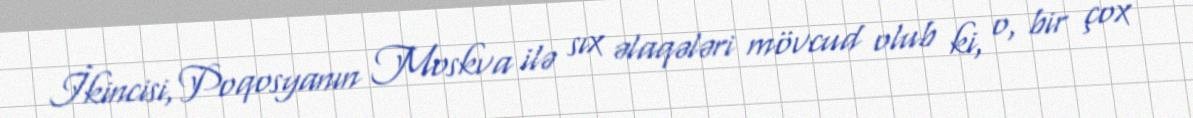
İkincisi, Poqosyanın Moskva ilə sıx əlaqələri mövcud olub ki, o, bir çox